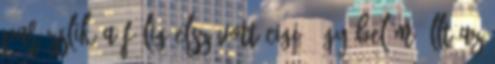
parázslik a félig elszívott cigi. Úgy belém állt az